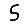
Digit: 5